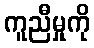
ကူညီမှုကို